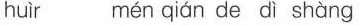
huìr mén qián de d； shàng